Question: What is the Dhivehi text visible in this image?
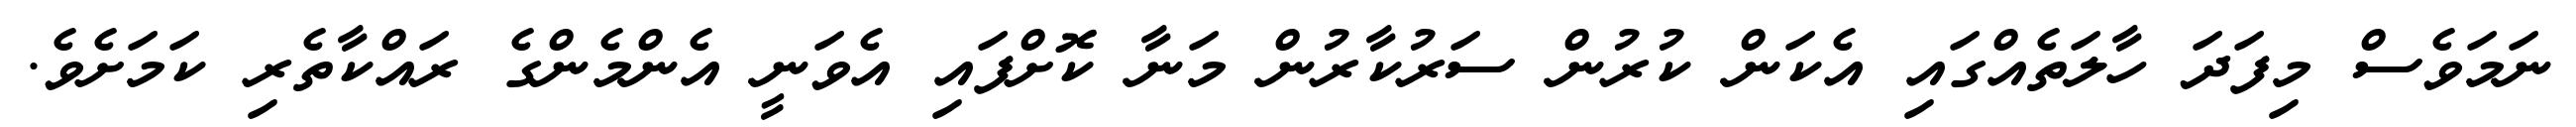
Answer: ނަމަވެސް މިފަދަ ހާލަތެއްގައި އެކަން ކުރުން ސަރުކާރުން މަނާ ކޮށްފައި އެވަނީ އެންމެންގެ ރައްކާތެރި ކަމަށެވެ.